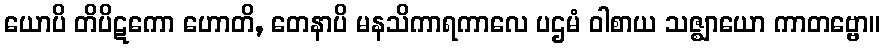
ယောပိ တိပိဋကော ဟောတိ, တေနာပိ မနသိကာရကာလေ ပဌမံ ဝါစာယ သဇ္ဈာယော ကာတဗ္ဗော။